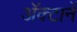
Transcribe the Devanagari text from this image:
अॅक्टानें